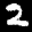
Label: 2